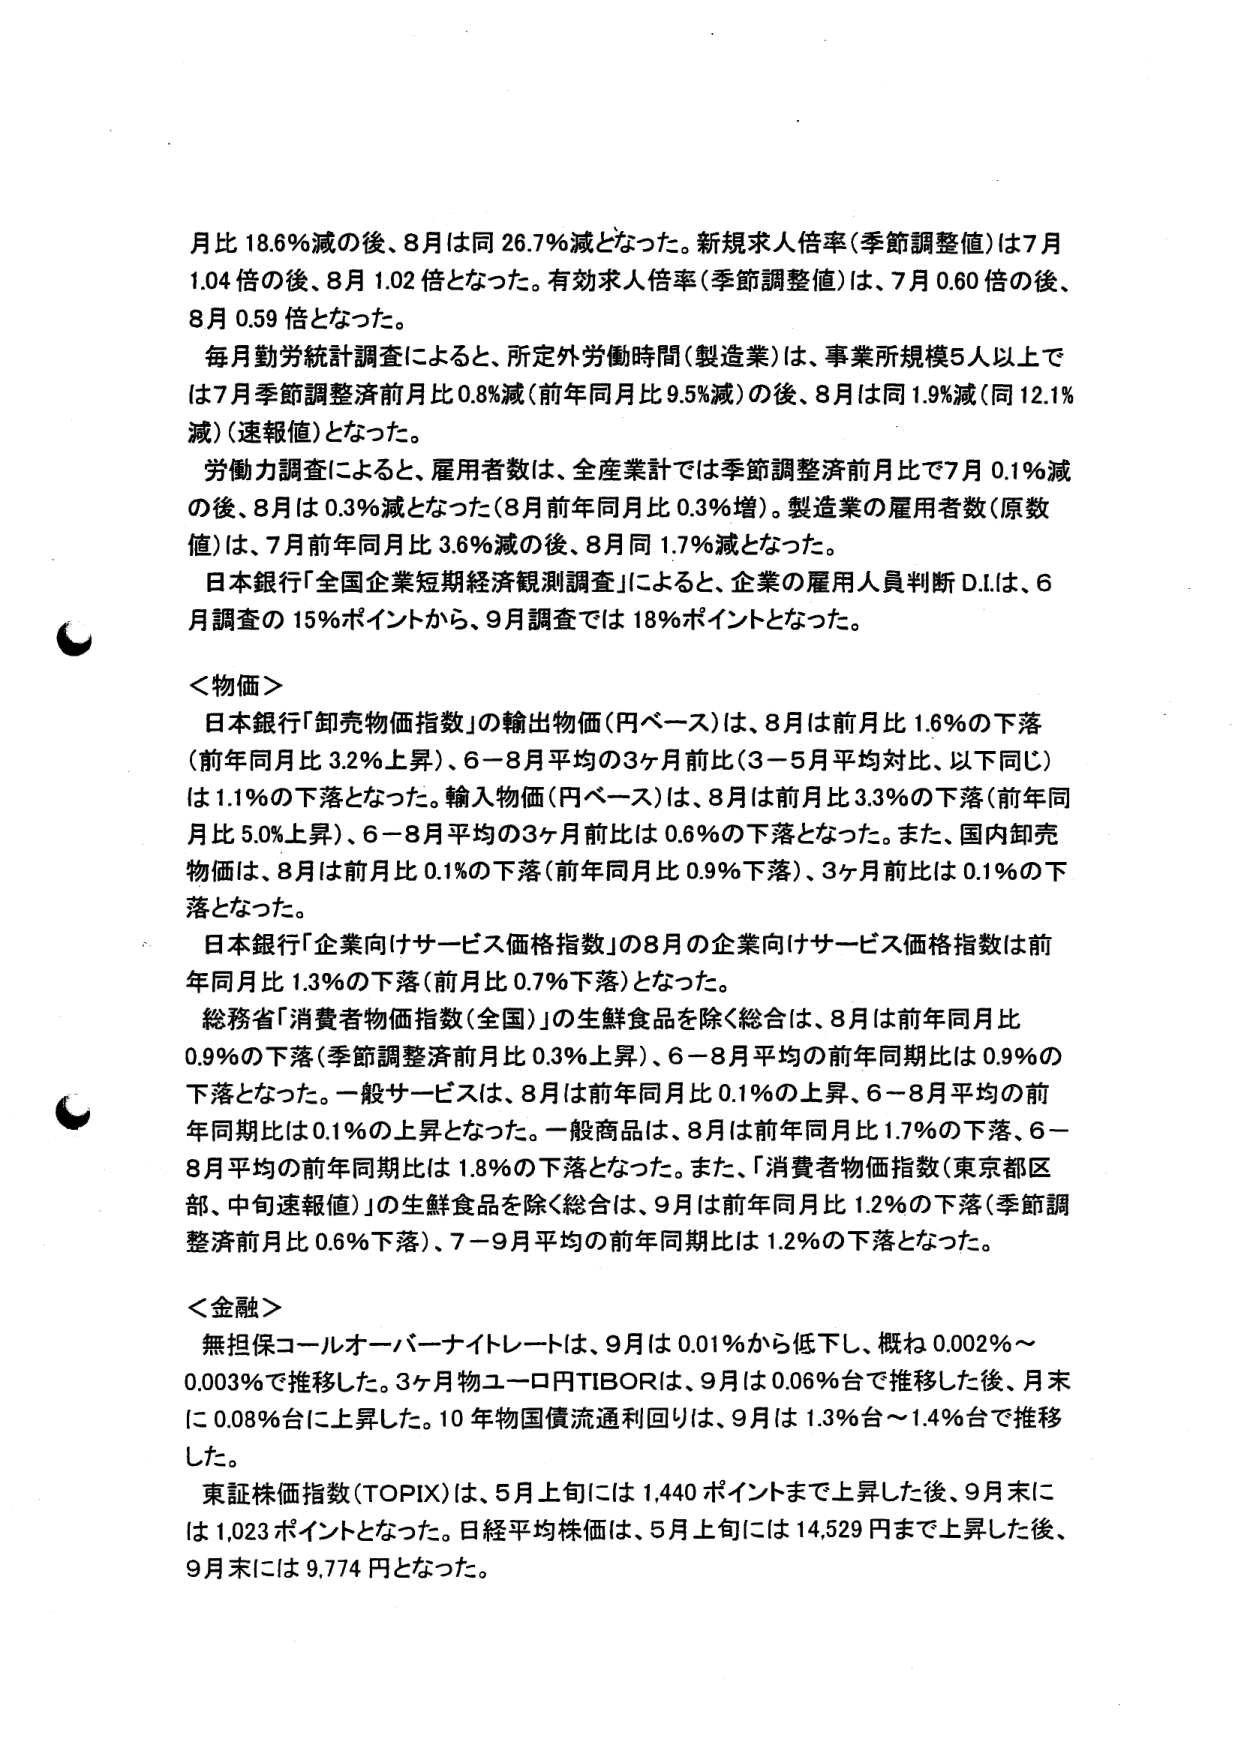
月比 18.6%減の後、8月は同 26.7%減となった。新規求人倍率（季節調整値）は7月 1.04 倍の後、8月 1.02 倍となった。有効求人倍率（季節調整値）は、7月 0.60 倍の後、8月 0.59 倍となった。

毎月勤労統計調査によると、所定外労働時間（製造業）は、事業所規模5人以上では7月季節調整済前月比 0.8%減（前年同月比 9.5%減）の後、8月は同 1.9%減（同 12.1% 減）（速報値）となった。

労働力調査によると、雇用者数は、全産業計では季節調整済前月比で7月 0.1%減の後、8月は 0.3%減となった（8月前年同月比 0.3%増）。製造業の雇用者数（原数値）は、7月前年同月比 3.6%減の後、8月同 1.7%減となった。

日本銀行「全国企業短期経済観測調査」によると、企業の雇用人員判断 D.I.は、6月調査の 15%ポイントから、9月調査では 18%ポイントとなった。

＜物価＞
日本銀行「卸売物価指数」の輸出物価（円ベース）は、8月は前月比 1.6%の下落（前年同月比 3.2%上昇）、6－8月平均の3ヶ月前比（3－5月平均対比、以下同じ）は 1.1%の下落となった。輸入物価（円ベース）は、8月は前月比 3.3%の下落（前年同月比 5.0%上昇）、6－8月平均の3ヶ月前比は 0.6%の下落となった。また、国内卸売物価は、8月は前月比 0.1%の下落（前年同月比 0.9%下落）、3ヶ月前比は 0.1%の下落となった。

日本銀行「企業向けサービス価格指数」の8月の企業向けサービス価格指数は前年同月比 1.3%の下落（前月比 0.7%下落）となった。

総務省「消費者物価指数（全国）」の生鮮食品を除く総合は、8月は前年同月比 0.9%の下落（季節調整済前月比 0.3%上昇）、6－8月平均の前年同期比は 0.9%の下落となった。一般サービスは、8月は前年同月比 0.1%の上昇、6－8月平均の前年同期比は 0.1%の上昇となった。一般商品は、8月は前年同月比 1.7%の下落、6－8月平均の前年同期比は 1.8%の下落となった。また、「消費者物価指数（東京都区部、中旬速報値）」の生鮮食品を除く総合は、9月は前年同月比 1.2%の下落（季節調整済前月比 0.6%下落）、7－9月平均の前年同期比は 1.2%の下落となった。

＜金融＞
無担保コールオーバーナイトレートは、9月は 0.01%から低下し、概ね 0.002%～0.003%で推移した。3ヶ月物ユーロ円TIBORは、9月は 0.06%台で推移した後、月末に 0.08%台に上昇した。10年物国債流通利回りは、9月は 1.3%台～1.4%台で推移した。

東証株価指数（TOPIX）は、5月上旬には 1,440 ポイントまで上昇した後、9月末には 1,023 ポイントとなった。日経平均株価は、5月上旬には 14,529 円まで上昇した後、9月末には 9,774 円となった。